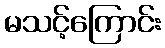
မသင့်ကြောင်း